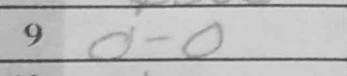
Transcription: O-O